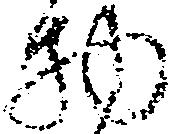
物